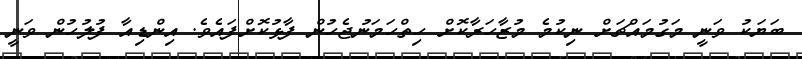
ބަޔަކު ވަނީ މަގުމައްޗަށް ނިކުމެ މުޒާހަރާކޮށް ހިތްހަމަނުޖެހުން ފާޅުކޮށްފައެވެ. އިންޑިއާ ފުލުހުން ވަނީ